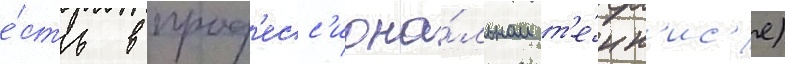
е́сть в проф'есс'иона́льном т'е́нн'ис'е)